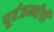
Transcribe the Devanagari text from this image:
पूर्वजन्मीची